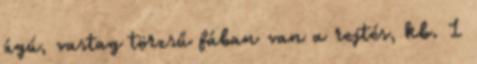
ágú, vastag törzsű fában van a rejtés, kb. 1